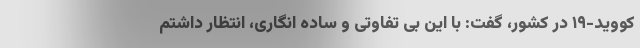
کووید-۱۹ در کشور، گفت: با این بی تفاوتی و ساده انگاری، انتظار داشتم